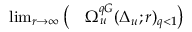
\begin{array} { r l } { \operatorname* { l i m } _ { r \to \infty } \big ( } & { { } \Omega _ { u } ^ { q G } ( \Delta _ { u } ; r ) _ { q < 1 } \big ) } \end{array}